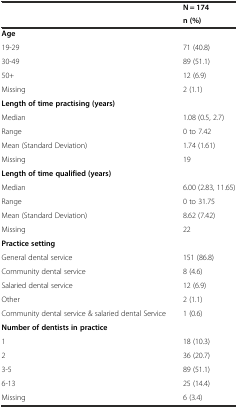
<table><thead><tr><td></td><td><b>N = 174</b></td></tr><tr><td></td><td><b>n (%)</b></td></tr></thead><tbody><tr><td><b>Age</b></td><td></td></tr><tr><td>19-29</td><td>71 (40.8)</td></tr><tr><td>30-49</td><td>89 (51.1)</td></tr><tr><td>50+</td><td>12 (6.9)</td></tr><tr><td>Missing</td><td>2 (1.1)</td></tr><tr><td><b>Length of time practising (years)</b></td><td></td></tr><tr><td>Median</td><td>1.08 (0.5, 2.7)</td></tr><tr><td>Range</td><td>0 to 7.42</td></tr><tr><td>Mean (Standard Deviation)</td><td>1.74 (1.61)</td></tr><tr><td>Missing</td><td>19</td></tr><tr><td><b>Length of time qualified (years)</b></td><td></td></tr><tr><td>Median</td><td>6.00 (2.83, 11.65)</td></tr><tr><td>Range</td><td>0 to 31.75</td></tr><tr><td>Mean (Standard Deviation)</td><td>8.62 (7.42)</td></tr><tr><td>Missing</td><td>22</td></tr><tr><td><b>Practice setting</b></td><td></td></tr><tr><td>General dental service</td><td>151 (86.8)</td></tr><tr><td>Community dental service</td><td>8 (4.6)</td></tr><tr><td>Salaried dental service</td><td>12 (6.9)</td></tr><tr><td>Other</td><td>2 (1.1)</td></tr><tr><td>Community dental service &amp; salaried dental Service</td><td>1 (0.6)</td></tr><tr><td><b>Number of dentists in practice</b></td><td></td></tr><tr><td>1</td><td>18 (10.3)</td></tr><tr><td>2</td><td>36 (20.7)</td></tr><tr><td>3-5</td><td>89 (51.1)</td></tr><tr><td>6-13</td><td>25 (14.4)</td></tr><tr><td>Missing</td><td>6 (3.4)</td></tr></tbody></table>